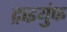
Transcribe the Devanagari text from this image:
ट्राइयुंफ